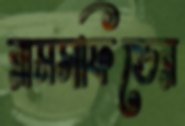
রামসফিল্ডের